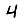
Digit: 4